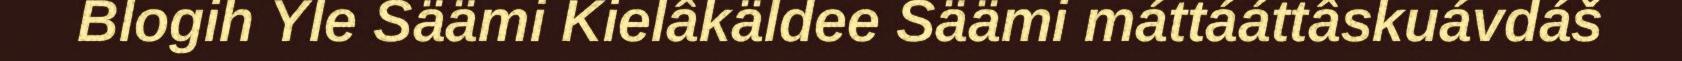
Blogih Yle Säämi Kielâkäldee Säämi máttááttâskuávdáš